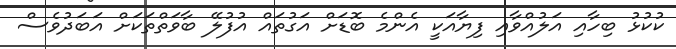
ކުކުޅު ބިހާއި އަލުއްވާއި ފިޔާއަކީ އެންމެ ބޮޑަށް އަގުތައް އުފުލޭ ބާވަތްތަކަށް އަބަދުވެސް